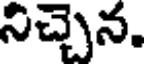
నిచ్చెన.